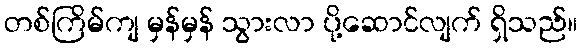
တစ်ကြိမ်ကျ မှန်မှန် သွားလာ ပို့ဆောင်လျက် ရှိသည်။